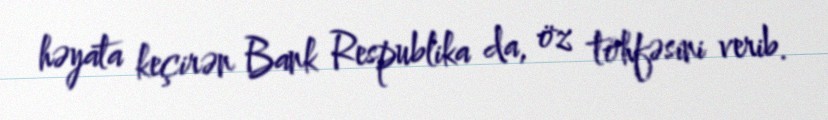
həyata keçirən Bank Respublika da, öz töhfəsini verib.